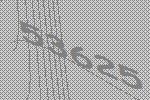
53625